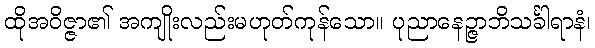
ထိုအဝိဇ္ဇာ၏ အကျိုးလည်းမဟုတ်ကုန်သော။ ပုညာနေဉ္ဇာဘိသင်္ခါရာနံ၊